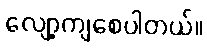
လျော့ကျစေပါတယ်။